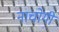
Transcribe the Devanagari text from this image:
नाचोगी